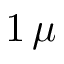
1 \, \mu